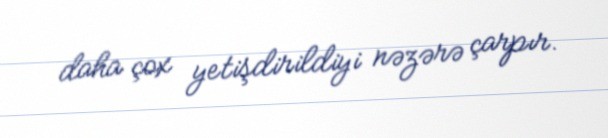
daha çox yetişdirildiyi nəzərə çarpır.